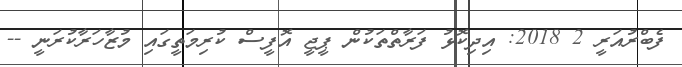
ފެބްރުއަރީ 2 2018: އިދިކޮޅު ފަރާތްތަކުން ޕީޖީ އޮފީސް ކުރިމަތީގައި މުޒާހަރާކުރަނީ --